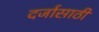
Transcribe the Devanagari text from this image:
दर्जासाठी